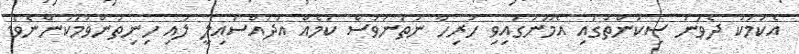
އެކަމަކު ދެވަނަ ސިކުންތުގައި އެމޫނުގައިވި ހުރިހާ ނުތަނަވަސް ކަމެއް އުދުއްސައިލީ ލުއި ހިނިތުންވުމަކުންނެވެ.